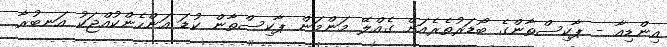
އިންޑިއާ - ޕާކިސްތާންގެ ބޯޑަރުތެރެއަށް ގެއްލޭ މަންމަން ޕާކިސްތާން ކުޑަ އަންހެންކުއްޖަކު އަނބުރާ